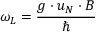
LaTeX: \omega _ { L } = { \frac { g \cdot u _ { N } \cdot B } { \hbar } }